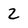
Character: Z